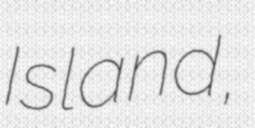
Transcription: Island,